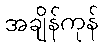
အချိန်ကုန်